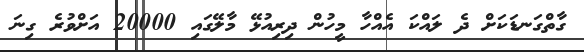
ގާތްގަނޑަކަށް ދެ ލައްކަ އެއްހާ މީހުން ދިރިއުޅޭ މާލޭގައި 20000 އަށްވުރެ ގިނަ